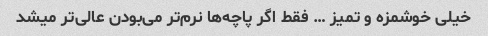
خیلی خوشمزه و تمیز … فقط اگر پاچه‌ها نرم‌تر می‌بودن عالی‌تر میشد